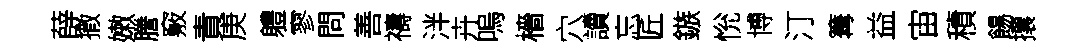
薛撒嫩謄竅責庚軆寥問善禱泮卉嗚檣穴讀忘匠鏃恱博汀篝益宙積餳攘